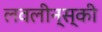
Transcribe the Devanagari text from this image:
लवलीन्स्की